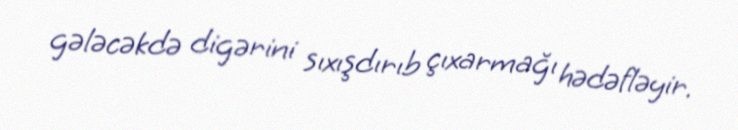
gələcəkdə digərini sıxışdırıb çıxarmağı hədəfləyir.